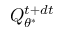
Q _ { \theta ^ { * } } ^ { t + d t }